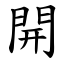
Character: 開